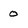
Character: O